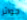
جوائز